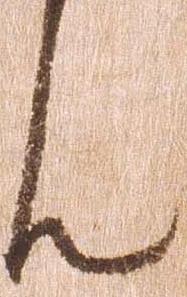
ん